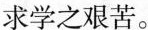
求学之艰苦。